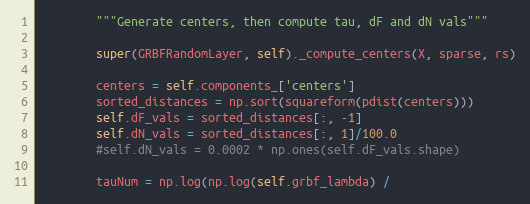
Language: Python
        """Generate centers, then compute tau, dF and dN vals"""

        super(GRBFRandomLayer, self)._compute_centers(X, sparse, rs)

        centers = self.components_['centers']
        sorted_distances = np.sort(squareform(pdist(centers)))
        self.dF_vals = sorted_distances[:, -1]
        self.dN_vals = sorted_distances[:, 1]/100.0
        #self.dN_vals = 0.0002 * np.ones(self.dF_vals.shape)

        tauNum = np.log(np.log(self.grbf_lambda) /